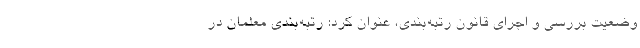
وضعیت بررسی و اجرای قانون رتبه‌بندی، عنوان کرد: رتبه‌بندی معلمان در